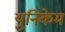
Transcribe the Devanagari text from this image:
युनिकेम